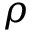
\rho